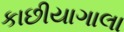
કાછીયાગાલા